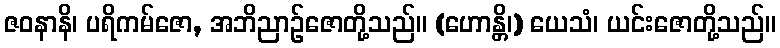
ဇဝနာနိ၊ ပရိကမ်ဇော, အဘိညာဉ်ဇောတို့သည်။ (ဟောန္တိ၊) ယေသံ၊ ယင်းဇောတို့သည်။